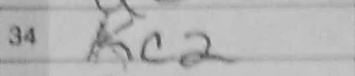
Transcription: Kc2